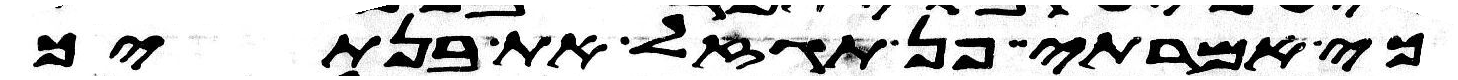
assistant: כי אמרתי פן תגזל את בנותך